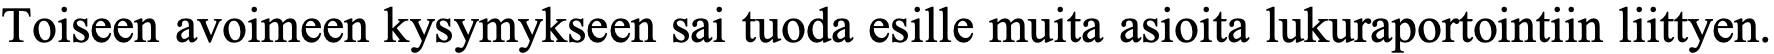
Toiseen avoimeen kysymykseen sai tuoda esille muita asioita lukuraportointiin liittyen.